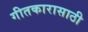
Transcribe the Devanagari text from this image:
गीतकारासाठी